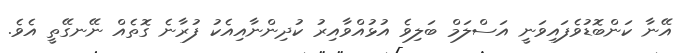
އޭނާ ކަންބޮޑުވެފައިވަނީ އަސްލަމް ބަލިވެ އުޅުއްވާއިރު ކުދިންނާއިއެކު ފުރާނެ ގޮތެއް ނޭނގޭތީ އެވެ.